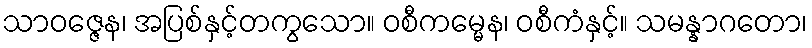
သာဝဇ္ဇေန၊ အပြစ်နှင့်တကွသော။ ဝစီကမ္မေန၊ ဝစီကံနှင့်။ သမန္နာဂတော၊